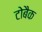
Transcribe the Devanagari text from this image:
टोबैक